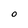
Character: O